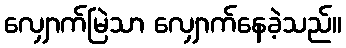
လျှောက်မြဲသာ လျှောက်နေခဲ့သည်။